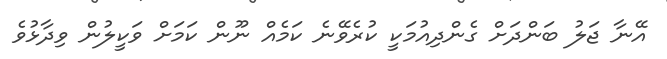
އޭނާ ޖަލު ބަންދަށް ގެންދިއުމަކީ ކުރެވޭނެ ކަމެއް ނޫން ކަމަށް ވަކީލުން ވިދާޅުވެ